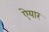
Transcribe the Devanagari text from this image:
ऐयार